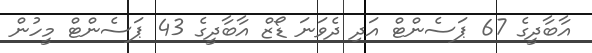
އާބާދީގެ 67 ޕަސެންޓް އަދި ދެވަނަ ޑޯޒް އާބާދީގެ 43 ޕަސެންޓް މީހުން